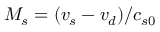
M _ { s } = ( v _ { s } - v _ { d } ) / c _ { s 0 }